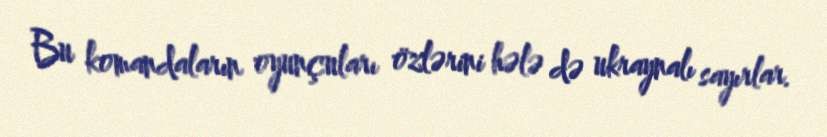
Bu komandaların oyunçuları özlərini hələ də ukraynalı sayırlar.